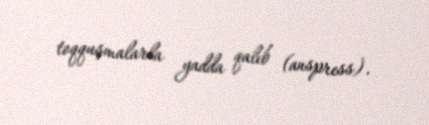
toqquşmalarla yadda qalıb (anspress).